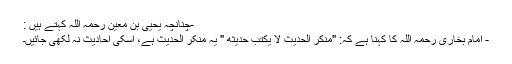
-چنانچہ یحیی بن معين رحمہ اللہ کہتے ہیں :
- امام بخاری رحمہ اللہ کا کہنا ہے کہ: "منكر الحديث لا يكتب حديثه " یہ منکر الحدیث ہے، اسکی احادیث نہ لکھی جائیں۔